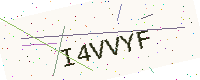
Text: I4VVYF